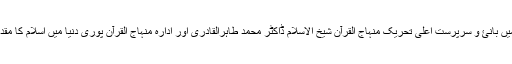
اس پرفتن دور میں بانئ و سرپرستِ اعلیٰ تحریک منہاج القرآن شیخ الاسلام ڈاکٹر محمد طاہرالقادری اور ادارہ منہاج القرآن پوری دنیا میں اسلام کا مقدمہ لڑ رہے ہیں۔